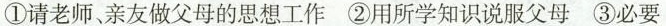
①请老师、亲友做父母的思想工作②用所学知识说服父母③必要